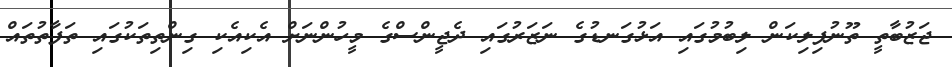
ޖަޒުބާތީ ތޫނުފިލިކަން ލިބުމުގައި އަޅުގަނޑުގެ ނަޒަރުގައި ދެޖީންސްގެ މީހުންނަށް އެކިއެކި ގިންތިތަކުގައި ތަފާތުތައް